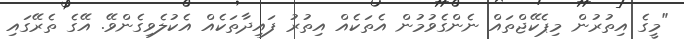
"މީގެ އިތުރުން މިޕެކޭޖްތައް ނެންގެވުމުން އެތަކެއް އިތުރު ފައިދާތަކެއް އެކުލެވިގެންވޭ. އޭގެ ތެރޭގައި